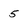
Character: 5